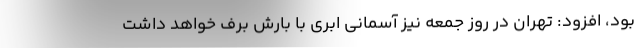
بود، افزود: تهران در روز جمعه نیز آسمانی ابری با بارش برف خواهد داشت